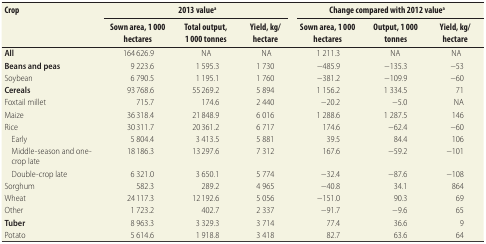
<table><thead><tr><td rowspan="2"><b>Crop</b></td><td colspan="3"><b>2013 value<sup>a</sup></b></td><td rowspan="2"></td><td colspan="3"><b>Change compared with 2012 value<sup>a</sup></b></td></tr><tr><td><b>Sown area, 1 000 hectares</b></td><td><b>Total output, 1 000 tonnes</b></td><td><b>Yield, kg/hectare</b></td><td><b>Sown area, 1 000 hectares</b></td><td><b>Output, 1 000 tonnes</b></td><td><b>Yield, kg/hectare</b></td></tr></thead><tbody><tr><td><b>All</b></td><td>164 626.9</td><td>NA</td><td>NA</td><td></td><td>1 211.3</td><td>NA</td><td>NA</td></tr><tr><td><b>Beans and peas</b></td><td>9 223.6</td><td>1 595.3</td><td>1 730</td><td></td><td>−485.9</td><td>−135.3</td><td>−53</td></tr><tr><td>Soybean</td><td>6 790.5</td><td>1 195.1</td><td>1 760</td><td></td><td>−381.2</td><td>−109.9</td><td>−60</td></tr><tr><td><b>Cereals</b></td><td>93 768.6</td><td>55 269.2</td><td>5 894</td><td></td><td>1 156.2</td><td>1 334.5</td><td>71</td></tr><tr><td>Foxtail millet</td><td>715.7</td><td>174.6</td><td>2 440</td><td></td><td>−20.2</td><td>−5.0</td><td>NA</td></tr><tr><td>Maize</td><td>36 318.4</td><td>21 848.9</td><td>6 016</td><td></td><td>1 288.6</td><td>1 287.5</td><td>146</td></tr><tr><td>Rice</td><td>30 311.7</td><td>20 361.2</td><td>6 717</td><td></td><td>174.6</td><td>−62.4</td><td>−60</td></tr><tr><td>Early</td><td>5 804.4</td><td>3 413.5</td><td>5 881</td><td></td><td>39.5</td><td>84.4</td><td>106</td></tr><tr><td>Middle-season and one-crop late</td><td>18 186.3</td><td>13 297.6</td><td>7 312</td><td></td><td>167.6</td><td>−59.2</td><td>−101</td></tr><tr><td>Double-crop late</td><td>6 321.0</td><td>3 650.1</td><td>5 774</td><td></td><td>−32.4</td><td>−87.6</td><td>−108</td></tr><tr><td>Sorghum</td><td>582.3</td><td>289.2</td><td>4 965</td><td></td><td>−40.8</td><td>34.1</td><td>864</td></tr><tr><td>Wheat</td><td>24 117.3</td><td>12 192.6</td><td>5 056</td><td></td><td>−151.0</td><td>90.3</td><td>69</td></tr><tr><td>Other</td><td>1 723.2</td><td>402.7</td><td>2 337</td><td></td><td>−91.7</td><td>−9.6</td><td>65</td></tr><tr><td><b>Tuber</b></td><td>8 963.3</td><td>3 329.3</td><td>3 714</td><td></td><td>77.4</td><td>36.6</td><td>9</td></tr><tr><td>Potato</td><td>5 614.6</td><td>1 918.8</td><td>3 418</td><td></td><td>82.7</td><td>63.6</td><td>64</td></tr></tbody></table>